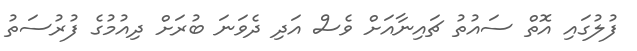
ފުލުގައި އޮތް ސައުތު ޗައިނާއަށް ވެސް އަދި ދެވަނަ ބުރަށް ދިއުމުގެ ފުރުސަތު